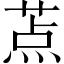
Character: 𬝐